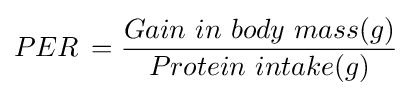
PER\,={\frac {Gain\ in\ body\ mass(g)}{Protein\ intake(g)}}